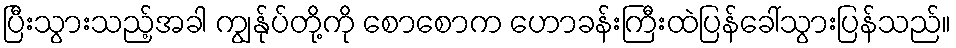
ပြီးသွားသည့်အခါ ကျွန်ုပ်တို့ကို စောစောက ဟောခန်းကြီးထဲပြန်ခေါ်သွားပြန်သည်။